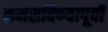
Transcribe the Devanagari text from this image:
कमसविण्यापूर्वी